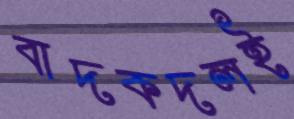
বাদকদলই